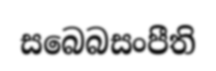
සබෙබසංපීති